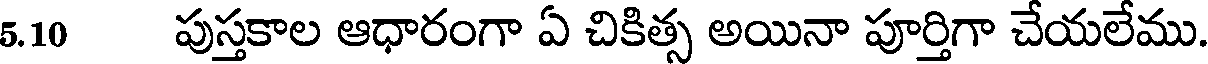
5.10 పుస్తకాల ఆధారంగా ఏ చికిత్స అయినా పూర్తిగా చేయలేము.